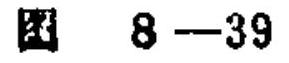
图 \(8 - 39\)